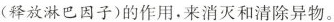
(释放淋巴因子)的作用，来消灭和清除异物。